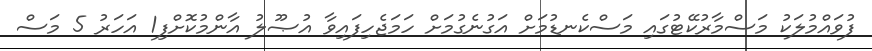
ފުވައްމުލަކު މަސްމާރުކޭޓުގައި މަސްކެނޑުމަށް އަގުނެގުމަށް ހަމަޖެހިފައިވާ އުޞޫލު އާންމުކޮށްފި1 އަހަރު 5 މަސް